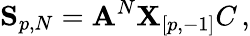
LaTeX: {\mathbf S_{p,N}}={\mathbf A}^{N}{\mathbf X_{[p,-1]}C}\, ,